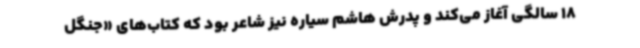
18 سالگی آغاز می‌کند و پدرش هاشم سیاره نیز شاعر بود که کتاب‌های «جنگل